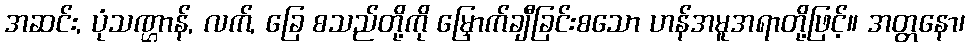
အဆင်း, ပုံသဏ္ဌာန်, လက်, ခြေ စသည်တို့ကို မြှောက်ချီခြင်းစသော ဟန်အမူအရာတို့ဖြင့်။ အတ္တနော၊